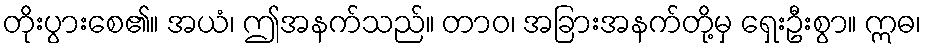
တိုးပွားစေ၏။ အယံ၊ ဤအနက်သည်။ တာဝ၊ အခြားအနက်တို့မှ ရှေးဦးစွာ။ ဣဓ၊